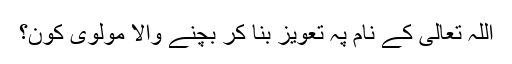
اللہ تعالیٰ کے نام پہ تعویز بنا کر بچنے والا مولوی کون؟